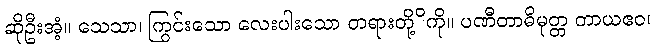
ဆိုဦးအံ့။ သေသာ၊ ကြွင်းသော လေးပါးသော တရားတို့ိကို။ ပဏီတာဓိမုတ္တ တာယဧဝ၊